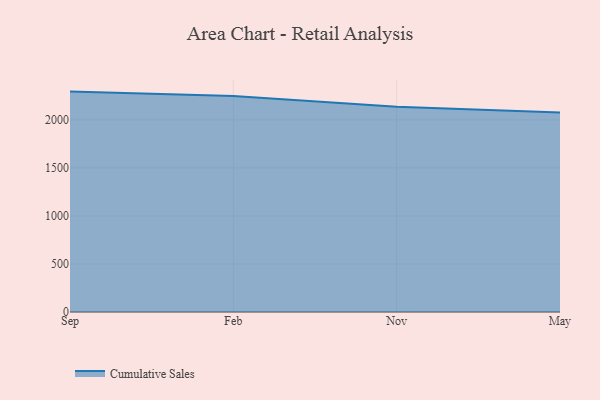
{"axis": {"x": "Month", "y": "Population (Million)"}, "legend": ["Cumulative Sales"], "data": [{"x": "Sep", "y": 2295.0, "type": "Cumulative Sales"}, {"x": "Feb", "y": 2248.3, "type": "Cumulative Sales"}, {"x": "Nov", "y": 2137.7, "type": "Cumulative Sales"}, {"x": "May", "y": 2076.7, "type": "Cumulative Sales"}]}